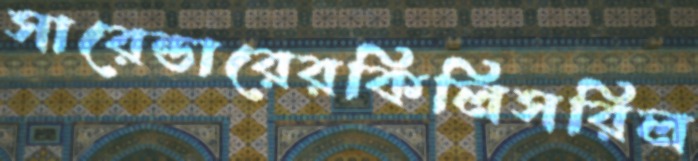
সারেন্ডারেরকিলিসরিল